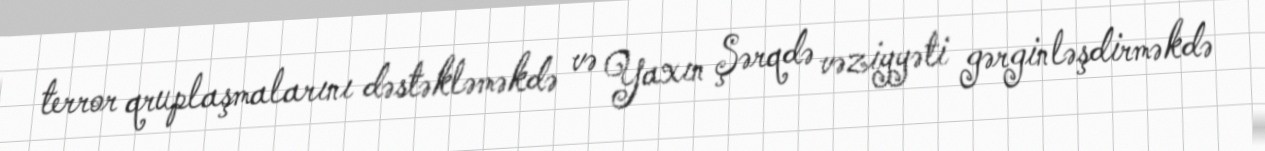
terror qruplaşmalarını dəstəkləməkdə və Yaxın Şərqdə vəziyyəti gərginləşdirməkdə